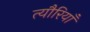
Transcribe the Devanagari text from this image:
त्यौरियाँ